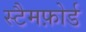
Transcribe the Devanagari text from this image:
स्टैमफ़ोर्ड